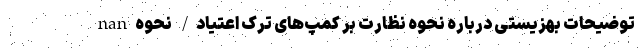
nan توضیحات بهزیستی درباره نحوه نظارت بر کمپ‌های ترک اعتیاد/ نحوه